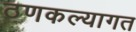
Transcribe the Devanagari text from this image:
ठणकल्यागत